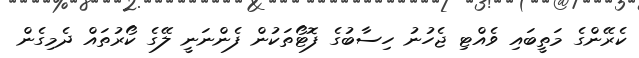
ކެރޭންގެ މަތީބައި ވެއްޓި ޖެހުނު ހިސާބުގެ ފޮޓޯތަކުން ފެންނަނީ ލޭގެ ކޯރުތައް ދެމިގެން